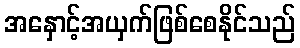
အနှောင့်အယှက်ဖြစ်စေနိုင်သည်